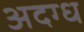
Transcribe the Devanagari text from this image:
अदग्ध